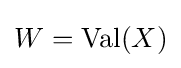
W=\operatorname {Val} (X)